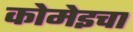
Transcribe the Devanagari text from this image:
कोमेइचा